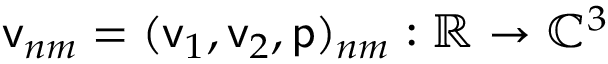
\mathsf { v } _ { n m } = ( \mathsf { v } _ { 1 } , \mathsf { v } _ { 2 } , \mathsf { p } ) _ { n m } : \mathbb { R } \to \mathbb { C } ^ { 3 }